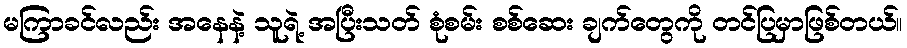
မကြာခင်လည်း အနေနဲ့ သူရဲ့ အပြီးသတ် စုံစမ်း စစ်ဆေး ချက်တွေကို တင်ပြမှာဖြစ်တယ်။